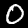
Label: 0